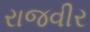
રાજવીર